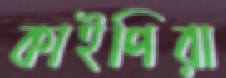
কাইপিরা